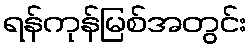
ရန်ကုန်မြစ်အတွင်း